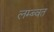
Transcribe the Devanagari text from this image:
लम्ब्वत